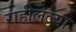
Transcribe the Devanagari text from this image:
राहीलेल्‍या